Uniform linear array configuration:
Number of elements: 8
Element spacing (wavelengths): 1
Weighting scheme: hann
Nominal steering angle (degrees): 60
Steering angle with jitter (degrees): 61.249
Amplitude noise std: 0.05
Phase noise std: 0.05

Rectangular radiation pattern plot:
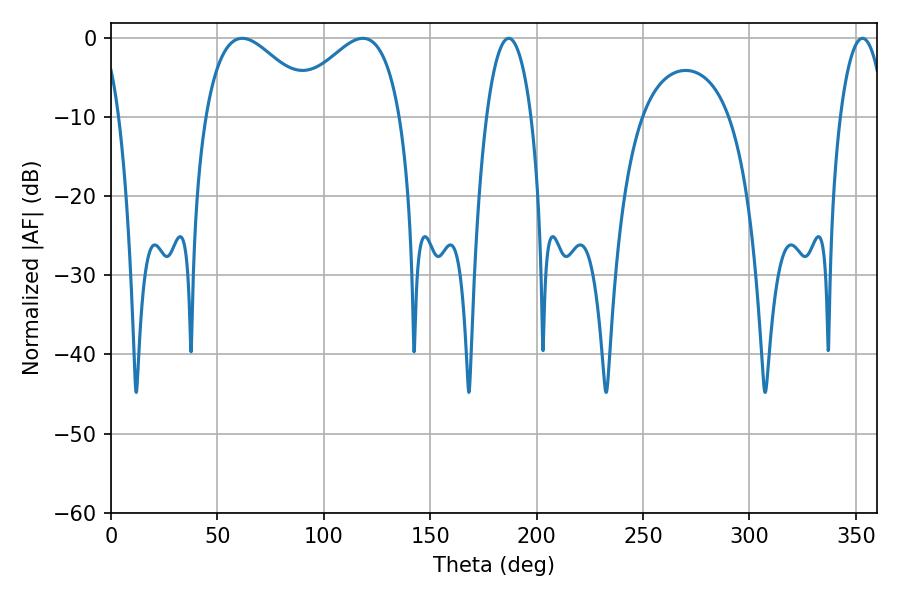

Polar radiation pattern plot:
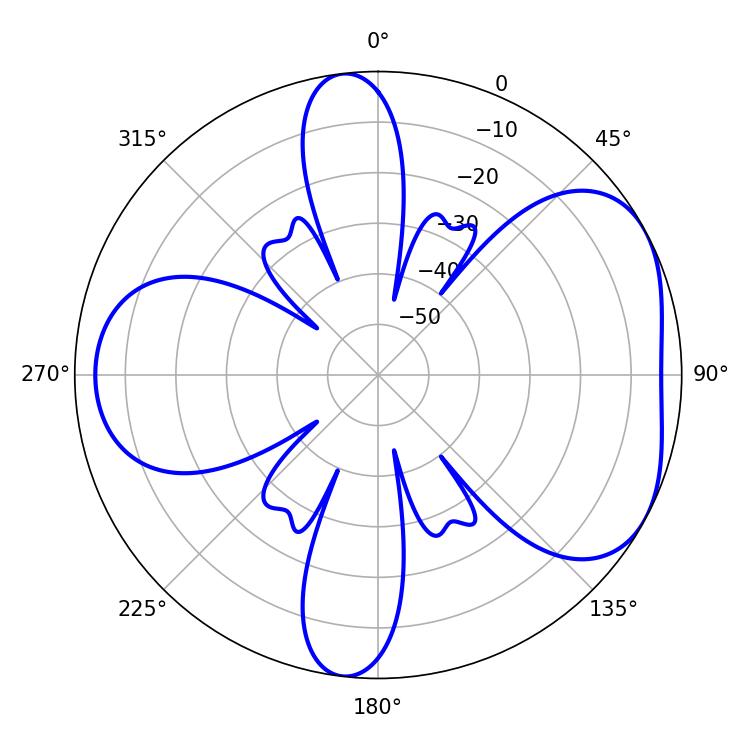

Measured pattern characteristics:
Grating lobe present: TRUE
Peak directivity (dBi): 4.859
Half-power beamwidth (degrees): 28.44
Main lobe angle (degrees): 118.26